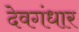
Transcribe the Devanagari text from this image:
देवगंधार